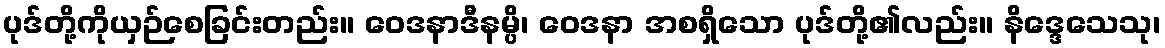
ပုဒ်တို့ကိုယှဉ်စေခြင်းတည်း။ ဝေဒနာဒီနမ္ပိ၊ ဝေဒနာ အစရှိသော ပုဒ်တို့၏လည်း။ နိဒ္ဒေသေသု၊